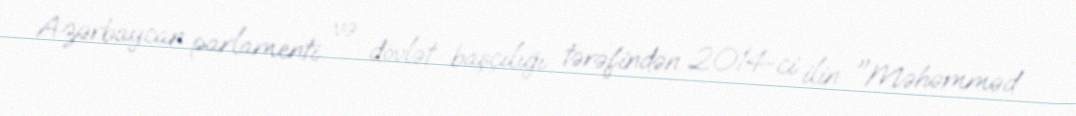
Azərbaycan parlamenti və dövlət başçılığı tərəfindən 2014-ci ilin "Məhəmməd